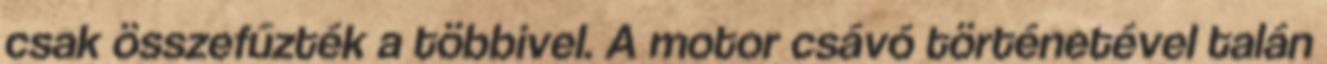
csak összefűzték a többivel. A motor csávó történetével talán